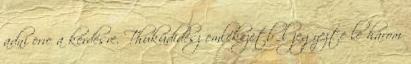
adni erre a kérdésre. Thuküdidész emlékezetből jegyezte le három